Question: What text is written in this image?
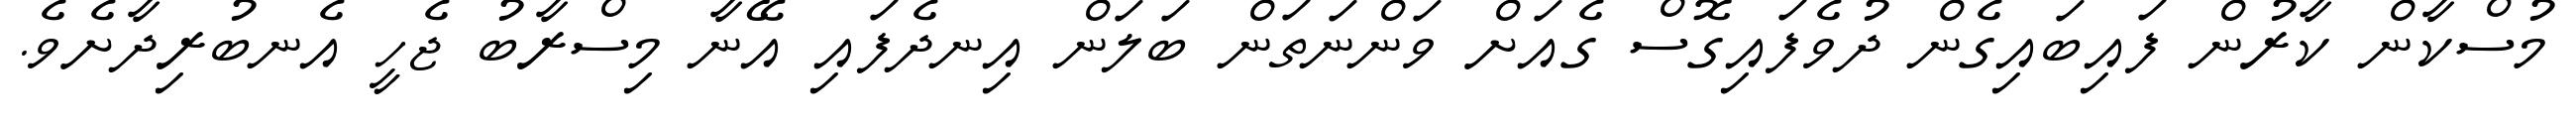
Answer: މުސްކާން ކާރުން ފައިބައިގެން ދުވެފައިގޮސް ގެއަށް ވަންނަތަން ބަލަން އިނދެފައި އޭނާ މިސްރާބު ޖެހީ އެނބުރިދާށެވެ.